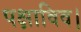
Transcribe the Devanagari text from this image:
पक्षाविव।